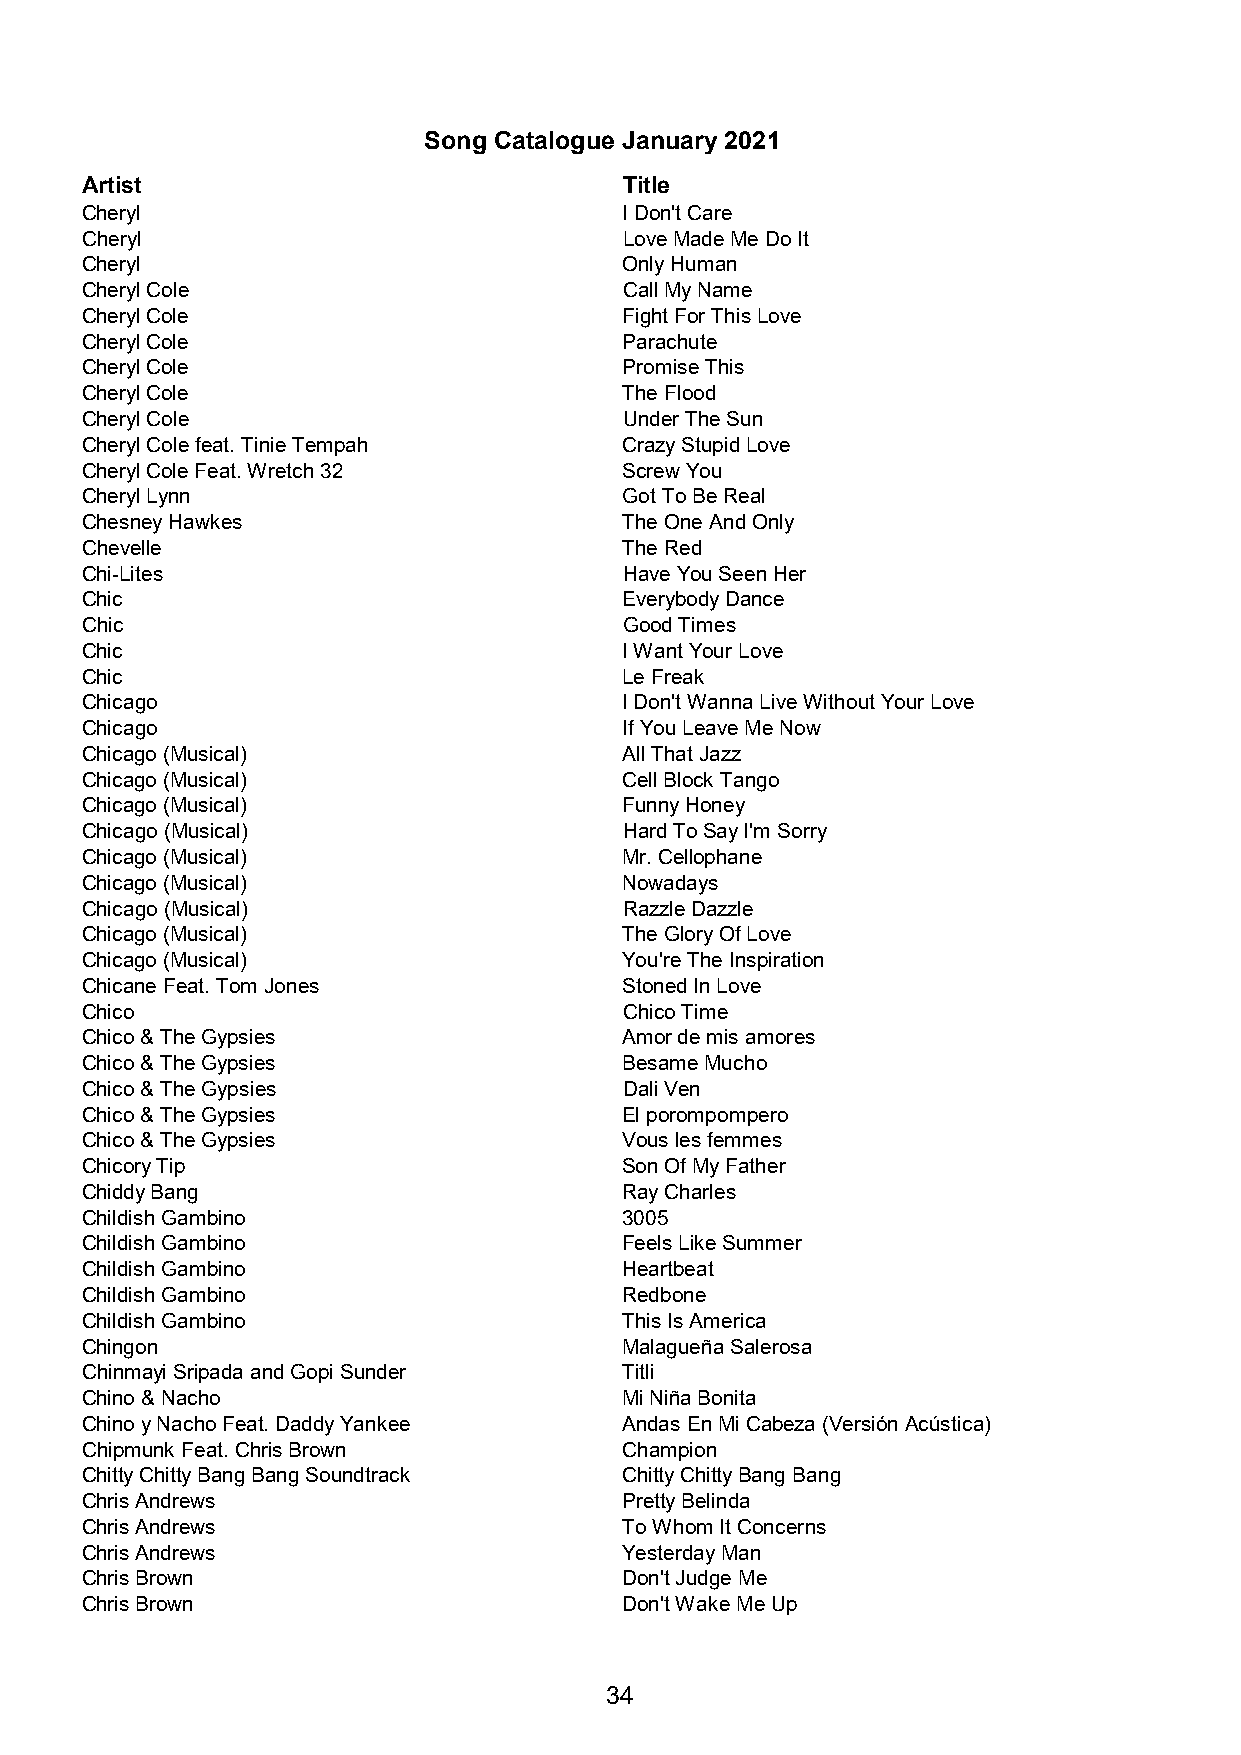
Song Catalogue January 2021
 Artist                              Title
 Cheryl                              I Don't Care
 Cheryl                              Love Made Me Do It
 Cheryl                              Only Human
 Cheryl Cole                         Call My Name
 Cheryl Cole                         Fight For This Love
 Cheryl Cole                         Parachute
 Cheryl Cole                         Promise This
 Cheryl Cole                         The Flood
 Cheryl Cole                         Under The Sun
 Cheryl Cole feat. Tinie Tempah      Crazy Stupid Love
 Cheryl Cole Feat. Wretch 32         Screw You
 Cheryl Lynn                         Got To Be Real
 Chesney Hawkes                      The One And Only
 Chevelle                            The Red
 Chi-Lites                           Have You Seen Her
 Chic                                Everybody Dance
 Chic                                Good Times
 Chic                                I Want Your Love
 Chic                                Le Freak
 Chicago                             I Don't Wanna Live Without Your Love
 Chicago                             If You Leave Me Now
 Chicago (Musical)                   All That Jazz
 Chicago (Musical)                   Cell Block Tango
 Chicago (Musical)                   Funny Honey
 Chicago (Musical)                   Hard To Say I'm Sorry
 Chicago (Musical)                   Mr. Cellophane
 Chicago (Musical)                   Nowadays
 Chicago (Musical)                   Razzle Dazzle
 Chicago (Musical)                   The Glory Of Love
 Chicago (Musical)                   You're The Inspiration
 Chicane Feat. Tom Jones             Stoned In Love
 Chico                               Chico Time
 Chico & The Gypsies                 Amor de mis amores
 Chico & The Gypsies                 Besame Mucho
 Chico & The Gypsies                 Dali Ven
 Chico & The Gypsies                 El porompompero
 Chico & The Gypsies                 Vous les femmes
 Chicory Tip                         Son Of My Father
 Chiddy Bang                         Ray Charles
 Childish Gambino                    3005
 Childish Gambino                    Feels Like Summer
 Childish Gambino                    Heartbeat
 Childish Gambino                    Redbone
 Childish Gambino                    This Is America
 Chingon                             Malagueña Salerosa
 Chinmayi Sripada and Gopi Sunder    Titli
 Chino & Nacho                       Mi Niña Bonita
 Chino y Nacho Feat. Daddy Yankee    Andas En Mi Cabeza (Versión Acústica)
 Chipmunk Feat. Chris Brown          Champion
 Chitty Chitty Bang Bang Soundtrack  Chitty Chitty Bang Bang
 Chris Andrews                       Pretty Belinda
 Chris Andrews                       To Whom It Concerns
 Chris Andrews                       Yesterday Man
 Chris Brown                         Don't Judge Me
 Chris Brown                         Don't Wake Me Up
 34